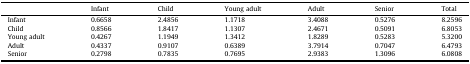
|  | Infant | Child | Young adult | Adult | Senior | Total |
 | --- | --- | --- | --- | --- | --- | --- |
 | Infant | 0.6658 | 2.4856 | 1.1718 | 3.4088 | 0.5276 | 8.2596 |
 | Child | 0.8566 | 1.8417 | 1.1307 | 2.4671 | 0.5091 | 6.8053 |
 | Young adult | 0.4267 | 1.1949 | 1.3412 | 1.8289 | 0.5283 | 5.3200 |
 | Adult | 0.4337 | 0.9107 | 0.6389 | 3.7914 | 0.7047 | 6.4793 |
 | Senior | 0.2798 | 0.7835 | 0.7695 | 2.9383 | 1.3096 | 6.0808 |